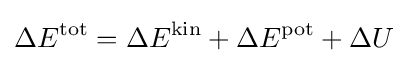
\Delta E^{\mathrm {tot} }=\Delta E^{\mathrm {kin} }+\Delta E^{\mathrm {pot} }+\Delta U